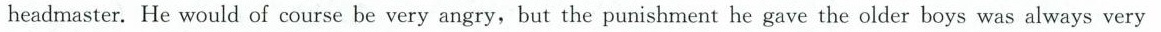
headmaster.He would of course be very angry, but the punishment he gave the older boys was always very